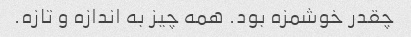
چقدر خوشمزه بود. همه چیز به اندازه و تازه.